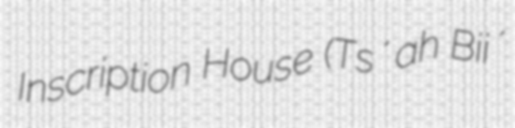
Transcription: Inscription House (Tsʼah Biiʼ